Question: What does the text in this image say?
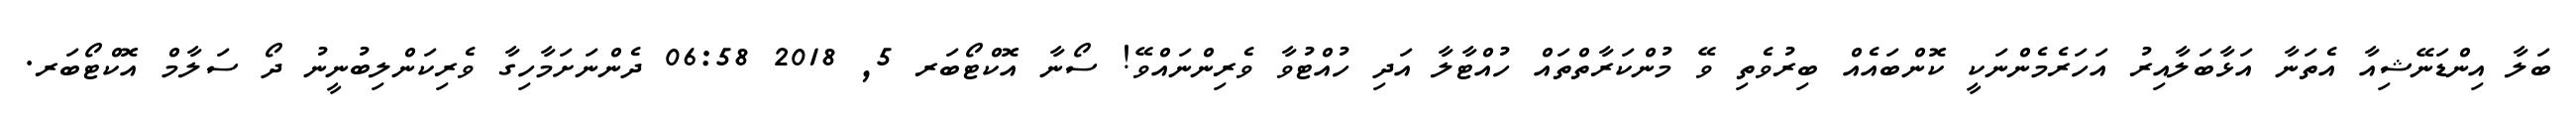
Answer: ބަލާ އިންޑަނޭޝިއާ އެތަނާ އަޅާބަލާއިރު އަހަރެމެންނަކީ ކޮންބައެއް ބިރުވެތި ވޭ މުންކަރާތްތައް ހުއްޓާލާ އަދި ހުއްޓުވާ ވެރިންނައްވޭ! ސޯނާ އޮކްޓޯބަރ 5, 2018 06:58 ދެންނަށަމާހިގާ ވެރިކަންލިބުނީނު ދޯ ސަލާމް އޮކްޓޯބަރ.